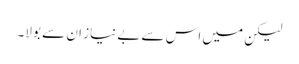
لیکن میں اس سے بے نیاز ان سے بولا۔